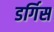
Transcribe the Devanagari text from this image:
डर्गिस